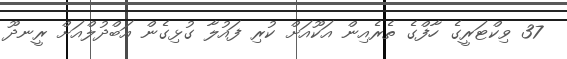
37 ވިކްޓަރީގެ ހާފްގެ ތެރެއިން އަކޫއަށް ކުރި ފައުލާ ގުޅިގެން އަބްދުލްއަށް ރީނދޫ